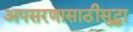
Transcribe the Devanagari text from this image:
अपसरणासाठीसुद्धा